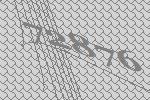
72876